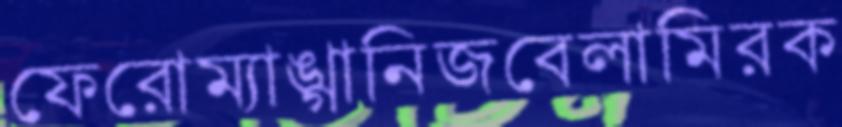
ফেরোম্যাঙ্গানিজবেলামিরক